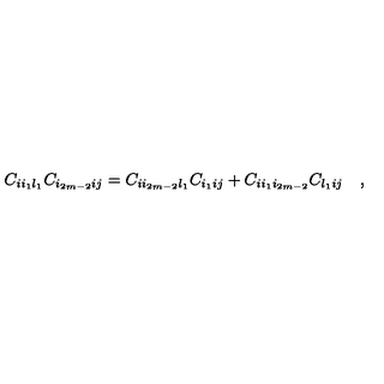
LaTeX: C _ { i i _ { 1 } l _ { 1 } } C _ { i _ { 2 m - 2 } i j } = C _ { i i _ { 2 m - 2 } l _ { 1 } } C _ { i _ { 1 } i j } + C _ { i i _ { 1 } i _ { 2 m - 2 } } C _ { l _ { 1 } i j } \quad ,